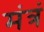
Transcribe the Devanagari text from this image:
मंत्रं